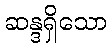
ဆန္ဒရှိသော